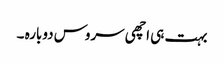
بہت ہی اچھی سروس دوبارہ ۔